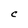
Character: C